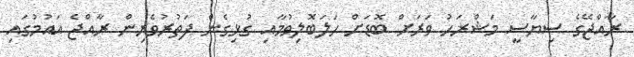
ރާއްޖޭގެ ސިޔާސީ މަޝްރަހު ވަރަށް ބޮޑަށް ހަލަބޮލިވުމާއި ގުޅިގެން ފަތުރުވެރިން ރާއްޖެ އައުމުގައި